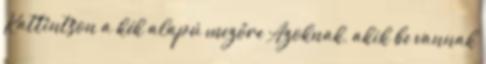
Kattintson a kék alapú mezőre Azoknak, akik be vannak